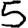
Digit: 5